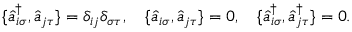
\{ \hat { a } _ { i \sigma } ^ { \dag } , \hat { a } _ { j \tau } \} = \delta _ { i j } \delta _ { \sigma \tau } , \quad \{ \hat { a } _ { i \sigma } , \hat { a } _ { j \tau } \} = 0 , \quad \{ \hat { a } _ { i \sigma } ^ { \dag } , \hat { a } _ { j \tau } ^ { \dag } \} = 0 .